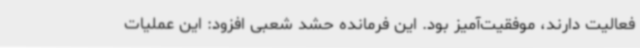
فعالیت دارند، موفقیت‌آمیز بود. این فرمانده حشد شعبی افزود: این عملیات